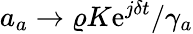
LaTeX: a_{a}\rightarrow\varrho K\mathrm{e}^{j\delta t}/\gamma_{a}